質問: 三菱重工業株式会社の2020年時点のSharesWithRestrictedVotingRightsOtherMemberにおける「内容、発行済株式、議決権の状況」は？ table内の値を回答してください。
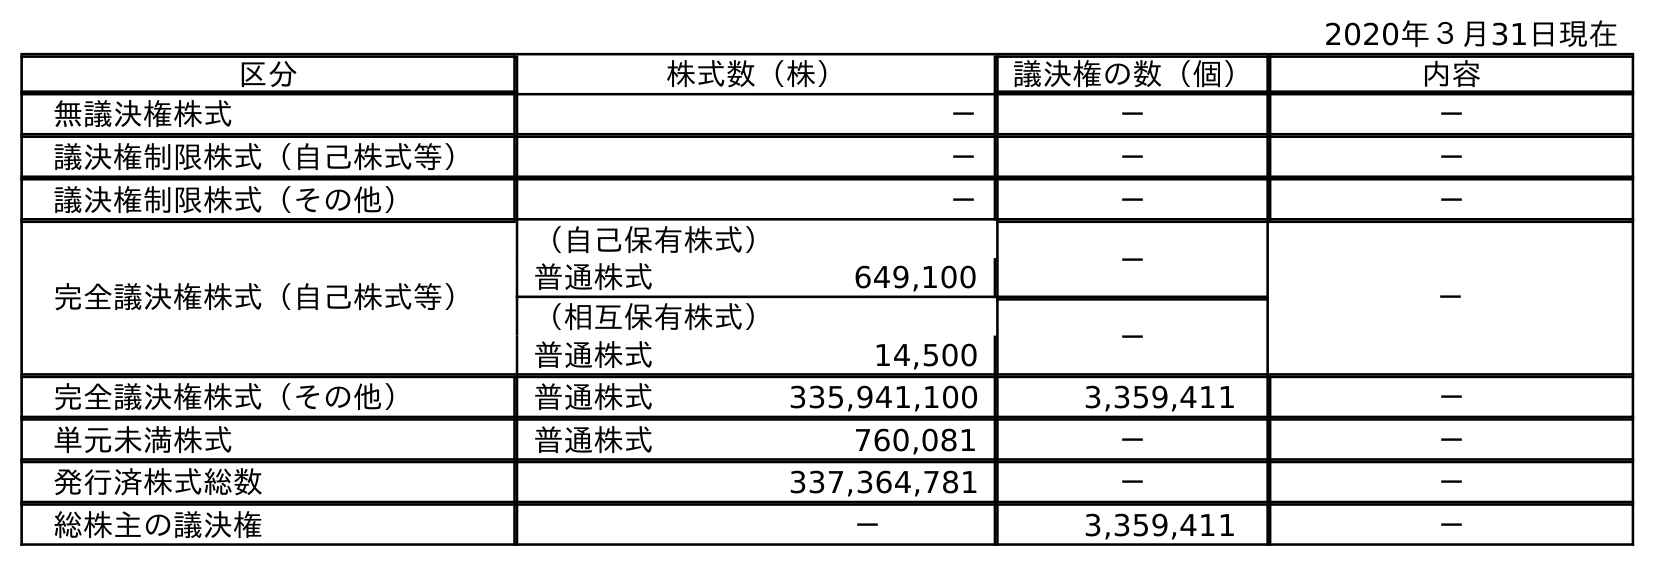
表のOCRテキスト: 2020年３月31日現在 区分 株式数（株） 議決権の数（個） 内容 無議決権株式 － － － 議決権制限株式（自己株式等） － － － 議決権制限株式（その他） － － － 完全議決権株式（自己株式等） （自己保有株式） － － 普通株式 649,100 （相互保有株式） － 普通株式 14,500 完全議決権株式（その他） 普通株式 335,941,100 3,359,411 － 単元未満株式 普通株式 760,081 － － 発行済株式総数 337,364,781 － － 総株主の議決権 － 3,359,411 －
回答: －